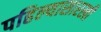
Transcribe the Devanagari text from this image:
पहिल्यासारखी